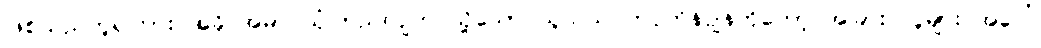
ဖြစ်သည်ဟူ၍ကား အခိုင်အမာ ယုံကြည်လျက် သို့သော် သူသည် ကပ္ပတိန်ဂျွန်ကိုတော့ အခြား လူများ အပေါ်